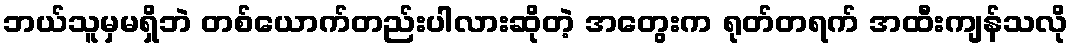
ဘယ်သူမှမရှိဘဲ တစ်ယောက်တည်းပါလားဆိုတဲ့ အတွေးက ရုတ်တရက် အထီးကျန်သလို